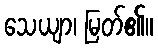
သေယျာ၊ မြတ်၏။